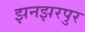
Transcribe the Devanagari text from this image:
झनझरपुर